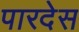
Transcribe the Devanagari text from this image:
पारदेस